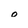
Character: 0